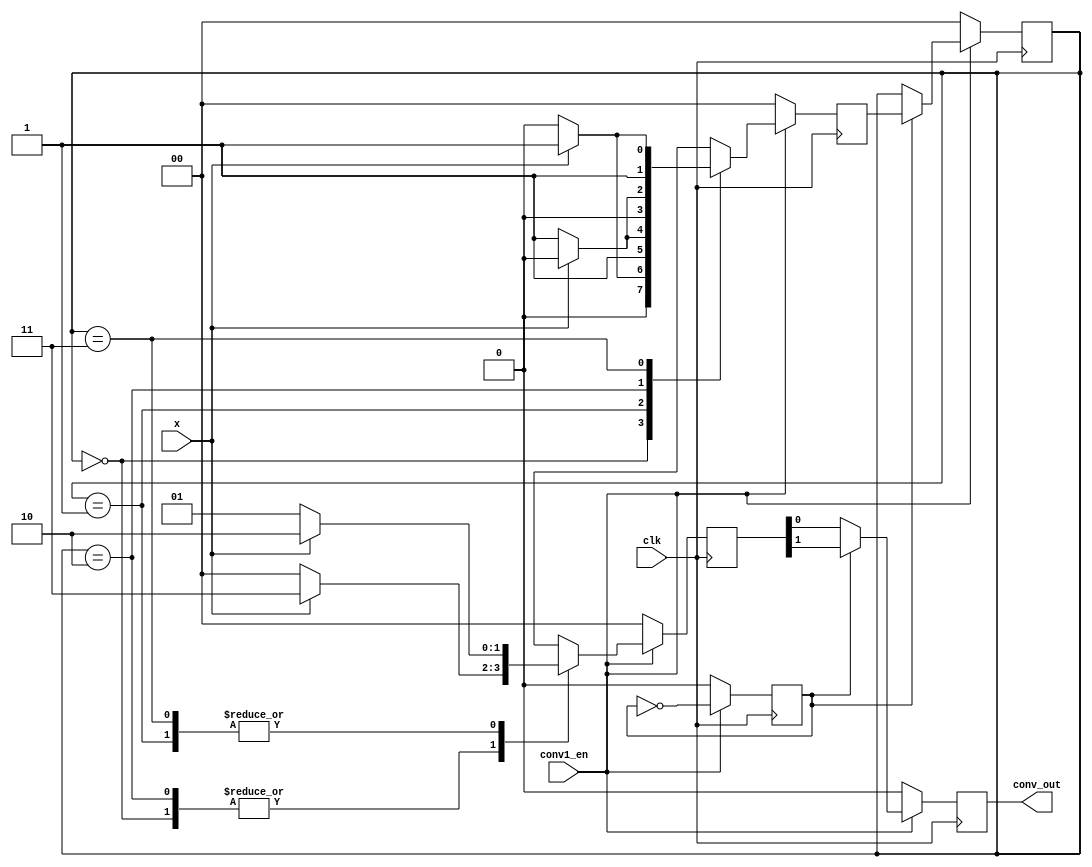
`timescale 1ns / 1ps


module conv1(
      input clk,
		input conv1_en,
      input x,
      output conv_out
            );
parameter s0 = 2'b00,            //
          s1 = 2'b01, 
			 s2 = 2'b10,
			 s3 = 2'b11;
			 
reg clk1;
reg[1:0] state;
reg[1:0] next_state;
reg[1:0] enc_out;
reg y;

assign conv_out = y;

always @(posedge clk)
 begin
  if(!conv1_en)
 	begin
		state <= s0;
		next_state <= s0;
		enc_out <= 2'b00;
		clk1<=0;
		y<=0;
	end
  else 
	 begin
	   clk1<=!clk1;
		if(clk1==1)
		 begin
			state <= next_state;
			y <= enc_out[1];
		 end
		else 
		 begin
		   state <= state;
			y <= enc_out[0];
		 end
		 begin
		  case(state)
			s0: if(x==0)
			    begin
					next_state <= s0;
					enc_out <= 2'b00;
				 end
				 else 
				 begin
					next_state <= s1;	
					enc_out <= 2'b11;
				 end
			s1: if(x==0) 
			    begin
					next_state <= s3;
					enc_out <= 2'b01;
				 end
				 else 
				 begin
				   next_state <= s2;	
					enc_out <= 2'b10;
				 end
			s2: if(x==0)
      		 begin
					next_state <= s1;
					enc_out <= 2'b00;
				 end
				 else 
				 begin
				   next_state <= s0;	
					enc_out <= 2'b11;
				 end
			s3: if(x==0)
             begin
					next_state <= s2;
					enc_out <= 2'b01;
				 end
				 else 
				 begin
				   next_state <= s3;	
					enc_out <= 2'b10;
			    end
		default:if(x==0)
		        begin
				   next_state<=s0;
					enc_out<=2'b11;
				  end
				  else
				  begin
				  next_state<=s2;
				  enc_out<=2'b01;
				  end
		    endcase
		 end	 
	end
end

endmodule